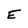
Character: E